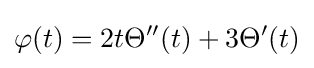
\varphi (t)=2t\Theta ''(t)+3\Theta '(t)